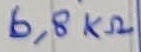
Text: 6,8KΩ